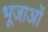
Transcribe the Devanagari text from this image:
भूजाओं